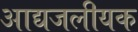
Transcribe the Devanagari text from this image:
आद्यजलीयक